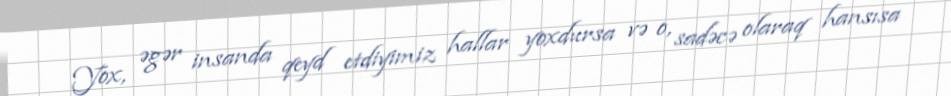
Yox, əgər insanda qeyd etdiyimiz hallar yoxdursa və o, sadəcə olaraq hansısa